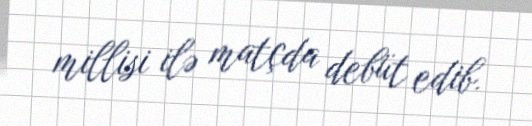
millisi ilə matçda debüt edib.